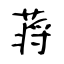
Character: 蒋